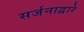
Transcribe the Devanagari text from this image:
सर्जनाद्वारे